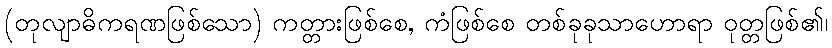
(တုလျာဓိကရဏဖြစ်သော) ကတ္တားဖြစ်စေ, ကံဖြစ်စေ တစ်ခုခုသာဟောရာ ဝုတ္တဖြစ်၏၊